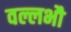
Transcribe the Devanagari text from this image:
वल्लभौ